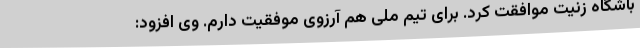
باشگاه زنیت موافقت کرد. برای تیم ملی هم آرزوی موفقیت دارم. وی افزود: